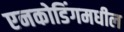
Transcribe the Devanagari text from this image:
एनकोडिंगमधील